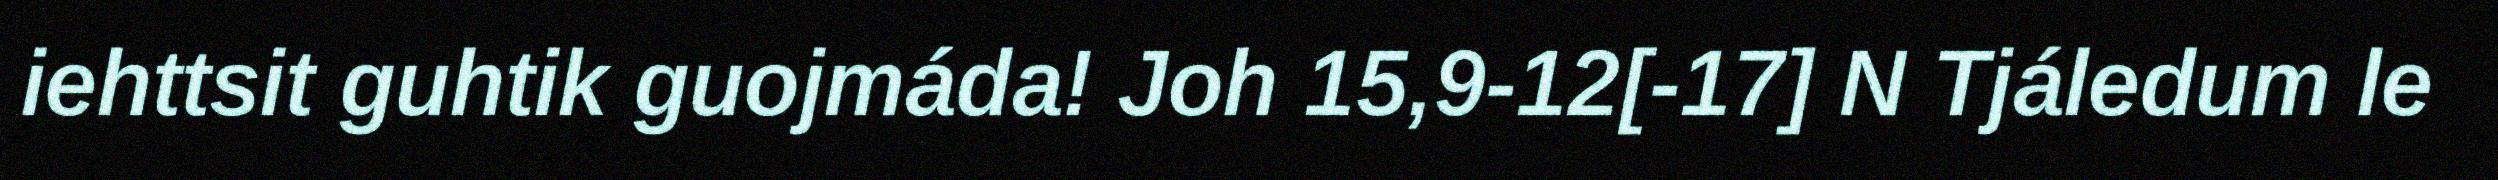
iehttsit guhtik guojmáda! Joh 15,9-12[-17] N Tjáledum le